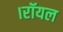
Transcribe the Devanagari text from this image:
।रॉयल